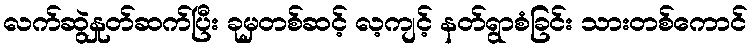
လက်ဆွဲနှုတ်ဆက်ပြီး ခုမှတစ်ဆင့် လ့ကျင့် နတ်ရွာစံခြင်း သားတစ်ကောင်